Newspaper: Saint Mary's beacon. [volume]
Place of publication: Leonard Town, Md.
Publisher: [publisher not identified]
Date: 1880-02-19 00:00:00
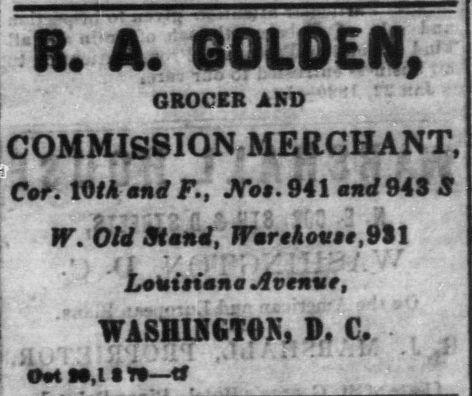
Advertisement text (OCR):
R. A. GOLDEN, GROCER AND COMMISSION MERCHANT. Cot. 1015 mnd F., JY05.941 end 943 S W. OU Mend, Worehovtt, 931 Louisiana Avenue, WASHINGTON, D. C. oats,im—tf
Label: text-only